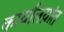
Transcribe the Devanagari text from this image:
कार्यालय़ांत